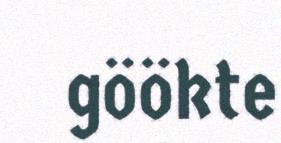
göökte